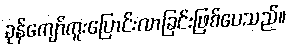
ခုန်ကျော်ကူးပြောင်းလာခြင်းဖြစ်ပေသည်။